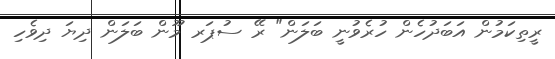
ރީތިކަމުން އަބަދުހެން ހުރެވުނީ ބަލަން" ރޭ ސުޕަރ މޫން ބަލަން ދިޔަ ދިވެހި